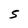
Character: S